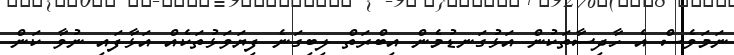
ނަމަވެސް އެ ހާދިސާތަކުން އަޅުގަނޑުމެން އިބްރަތް ލިބިގަނެ ފިޔަވަޅުތަކެއް އަޅާފައި ނުވާ ކަން